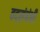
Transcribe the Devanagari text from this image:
तद्संबंधी